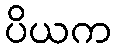
ပိယက